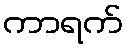
ကာရက်